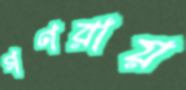
গণরায়